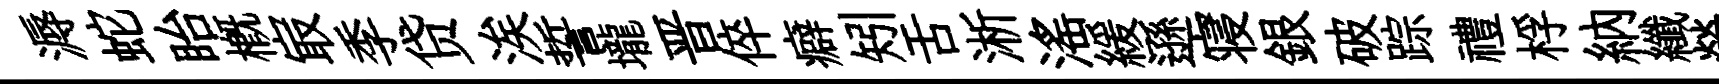
溽蛇眙概㝡季贷涘誓壠晋倅癖矧舌淅滛緩遜寝銀破踪禮桴納纖熒